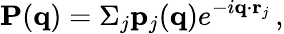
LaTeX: {\mathbf P}({\mathbf q})=\Sigma_{j}{\mathbf p}_{j}({\mathbf q})e^{-i{\mathbf q}\cdot{\mathbf r}_{j}}\, ,